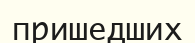
пришедших